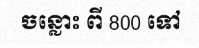
ចន្លោះ ពី 800 ទៅ